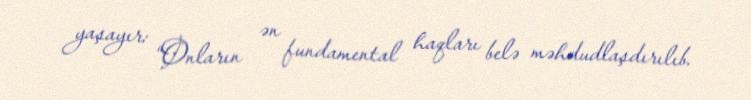
yaşayır: “Onların ən fundamental haqları belə məhdudlaşdırılıb.